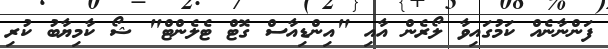
ފަންނާނެއް ކަމުގައިވާ ލޯރެން އާއި "އިންޑިއާސް ގޮޓް ޓެލެންޓް" ޝޯ ކާމިޔާބު ކުރި